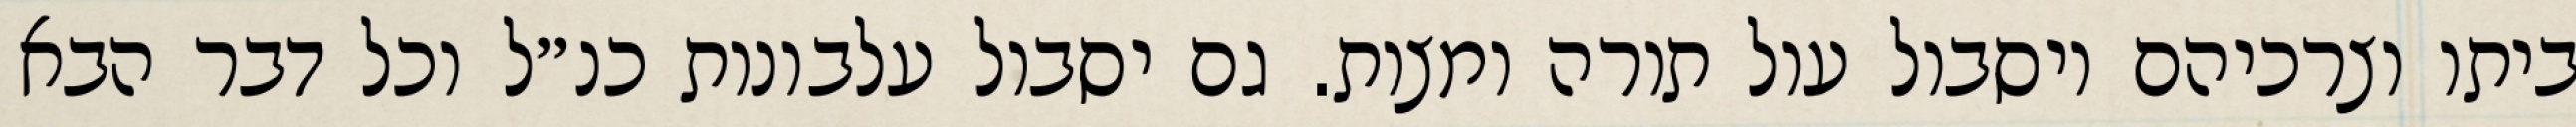
ביתו וצרכיהם ויסבול עול תורה ומצות. גם יסבול עלבונות כנ״ל וכל דבר הבא